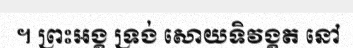
។ ព្រះអង្គ ទ្រង់ សោយទិវង្គត នៅ